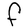
Character: F